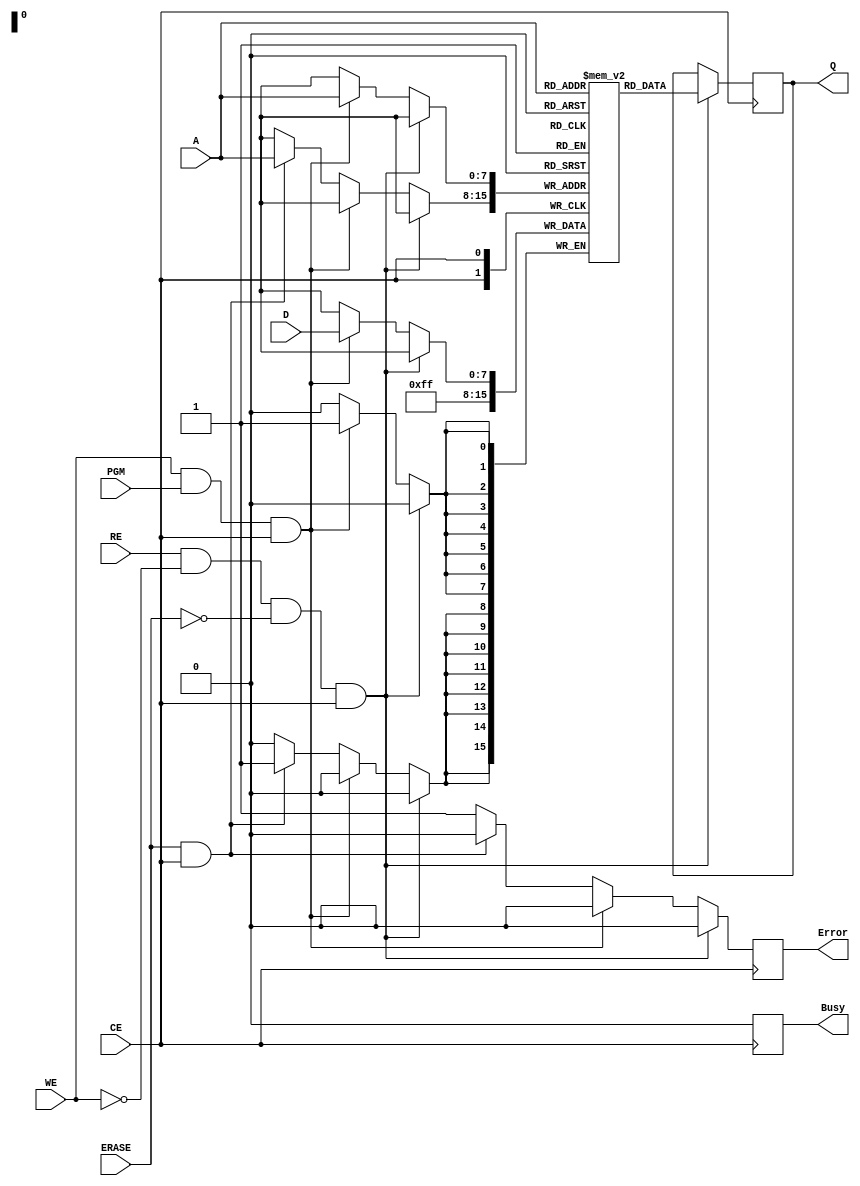
module nor_eeprom_io_block (
    input wire [7:0] D,          // Data input (8 bits)
    input wire [7:0] A,          // Address input (8 bits)
    input wire WE,               // Write Enable
    input wire RE,               // Read Enable
    input wire CE,               // Chip Enable
    input wire PGM,              // Program signal
    input wire ERASE,            // Erase signal
    output reg [7:0] Q,          // Data output (8 bits)
    output reg Busy,             // Busy status
    output reg Error             // Error status
);

    // Memory array (for demonstration, 256 bytes of memory)
    reg [7:0] memory_array [0:255];
    
    // Internal state
    reg [2:0] state; // State for operations
    parameter IDLE = 3'b000, READ = 3'b001, WRITE = 3'b010, ERASE_OP = 3'b011;

    // Process for handling read, write, and erase operations
    always @(posedge CE) begin
        Busy <= 1'b1; // Set busy signal when chip is enabled
        Error <= 1'b0; // Clear error signal
        
        if (RE && !WE && !ERASE && CE) begin
            // Read operation
            state <= READ;
            Q <= memory_array[A]; // Output data from memory
        end else if (WE && PGM && CE) begin
            // Write operation
            state <= WRITE;
            memory_array[A] <= D; // Write data to memory
        end else if (ERASE && CE) begin
            // Erase operation
            state <= ERASE_OP;
            memory_array[A] <= 8'b11111111; // Reset memory cell to '1's
        end else begin
            // Invalid operation
            Error <= 1'b1; // Set error signal
        end
        
        Busy <= 1'b0; // Clear busy signal after operation
    end

    // Optional: Add a timing control mechanism if needed
    // This can be implemented with additional delay or state machine logic

endmodule